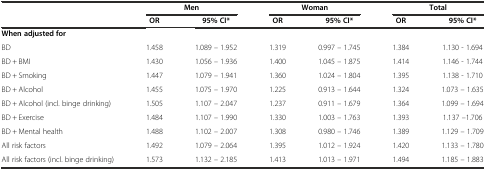
|  | <COLSPAN=2> Men | <COLSPAN=2> Woman | <COLSPAN=2> Total |
 |  | OR | 95% CI* | OR | 95% CI* | OR | 95% CI* |
 | --- | --- | --- | --- | --- | --- | --- |
 | When adjusted for |  |  |  |  |  |  |
 | BD | 1.458 | 1.089 – 1.952 | 1.319 | 0.997 – 1.745 | 1.384 | 1.130 - 1.694 |
 | BD + BMI | 1.430 | 1.056 – 1.936 | 1.400 | 1.045 – 1.875 | 1.414 | 1.146 - 1.744 |
 | BD + Smoking | 1.447 | 1.079 – 1.941 | 1.360 | 1.024 – 1.804 | 1.395 | 1.138 - 1.710 |
 | BD + Alcohol | 1.455 | 1.075 – 1.970 | 1.225 | 0.913 – 1.644 | 1.324 | 1.073 – 1.635 |
 | BD + Alcohol (incl. binge drinking) | 1.505 | 1.107 – 2.047 | 1.237 | 0.911 – 1.679 | 1.364 | 1.099 – 1.694 |
 | BD + Exercise | 1.484 | 1.107 – 1.990 | 1.330 | 1.003 – 1.763 | 1.393 | 1.137 –1.706 |
 | BD + Mental health | 1.488 | 1.102 – 2.007 | 1.308 | 0.980 – 1.746 | 1.389 | 1.129 – 1.709 |
 | All risk factors | 1.492 | 1.079 – 2.064 | 1.395 | 1.012 – 1.924 | 1.420 | 1.133 – 1.780 |
 | All risk factors (incl. binge drinking) | 1.573 | 1.132 – 2.185 | 1.413 | 1.013 – 1.971 | 1.494 | 1.185 – 1.883 |